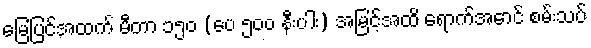
မြေပြင်အထက် မီတာ ၁၅၀ (ပေ ၅၀၀ နီးပါး) အမြင့်အထိ ရောက်အောင် စမ်းသပ်